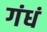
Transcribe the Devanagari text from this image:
गंधं